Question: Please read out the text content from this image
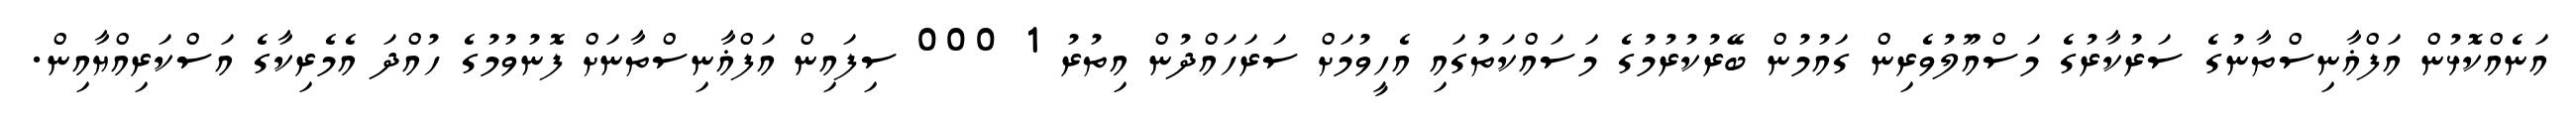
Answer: އަނެއްކޮޅުން އަފްޣާނިސްތާނުގެ ސަރުކާރުގެ މަސްއޫލުވެރިން ގައުމުން ބޭރުކުރުމުގެ މަސައްކަތުގައި އެހީވުމަށް ސަރަހައްދުން އިތުރު 1 000 ސިފައިން އަފްޣާނިސްތާނަށް ފޮނުވުމުގެ ހުއްދަ އެމެރިކާގެ އަސްކަރިއްޔާއިން.